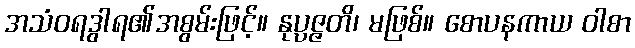
အသံဝရဒွါရ၏အစွမ်းဖြင့်။ နုပ္ပဇ္ဇတိ၊ မဖြစ်။ စောပနကာယ ဝါစာ